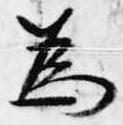
為